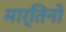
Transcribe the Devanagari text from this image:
मार्तिनो